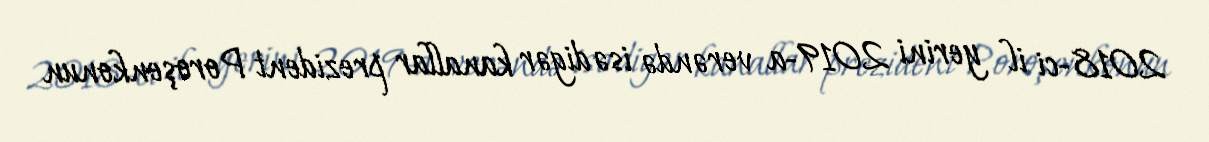
2018-ci il yerini 2019-a verəndə isə digər kanallar prezident Poroşenkonun